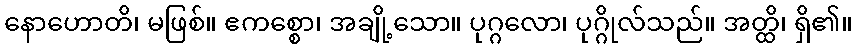
နောဟောတိ၊ မဖြစ်။ ဧကစ္စော၊ အချို့သော။ ပုဂ္ဂလော၊ ပုဂ္ဂိုလ်သည်။ အတ္ထိ၊ ရှိ၏။